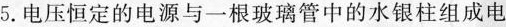
5.电压恒定的电源与一根玻璃管中的水银柱组成电